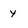
Character: y